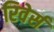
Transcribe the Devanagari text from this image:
रिवेर्स